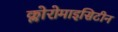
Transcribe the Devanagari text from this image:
क्लोरोमाइसिटीन